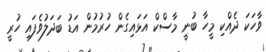
ވާހަކަ ދެއްކި މީހާ ބުނީ މާސްކް އަޅައިގެން ހުރުމުން އަޑު ބަދަލުވެފައި ހުރީ